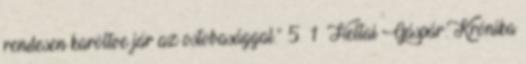
rendesen karöltve jár az ostobasággal.” 5 1 Heltai Gáspár: Krónika